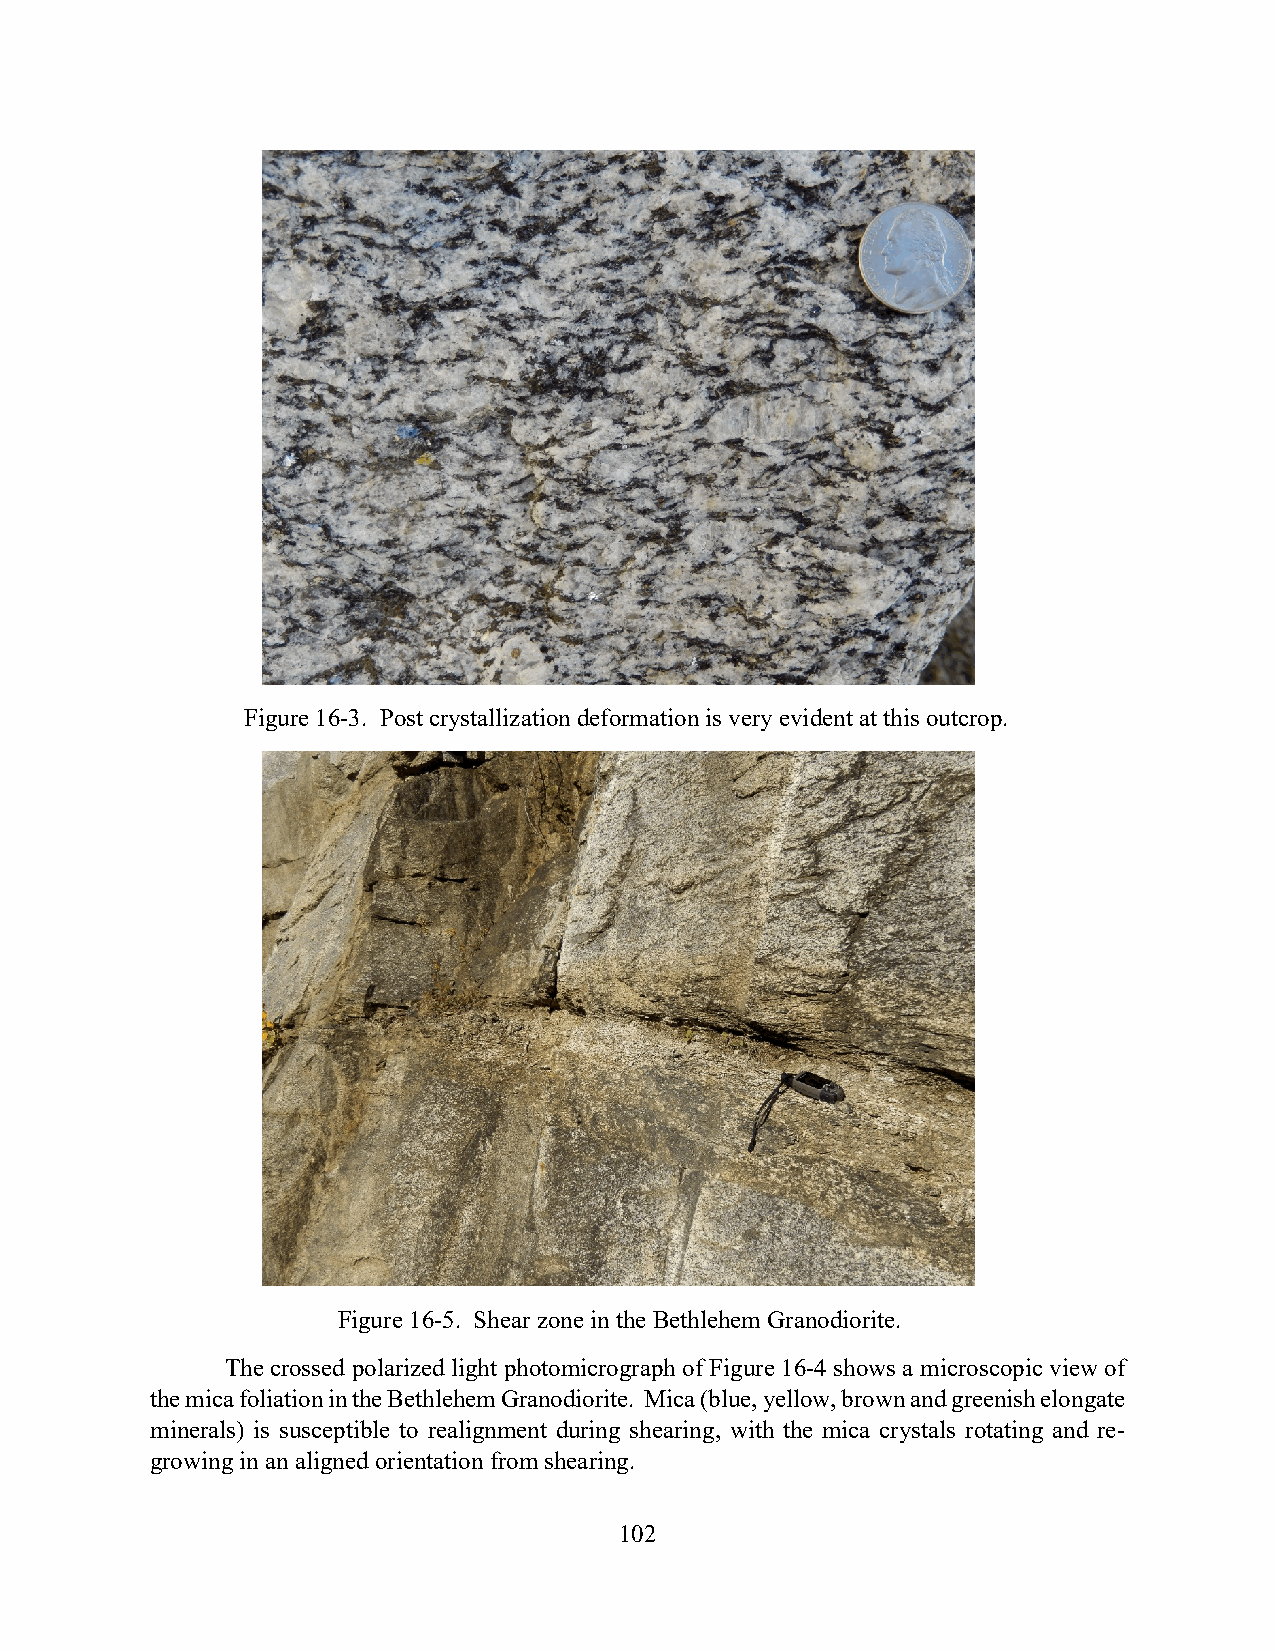
Figure 16-3. Post crystallization deformation is very evident at this outcrop.
 Figure 16-5. Shear zone in the Bethlehem Granodiorite.
 The crossed polarized light photomicrograph of Figure 16-4 shows a microscopic view of
 the mica foliation in the Bethlehem Granodiorite. Mica (blue, yellow, brown and greenish elongate
 minerals) is susceptible to realignment during shearing, with the mica crystals rotating and re-
 growing in an aligned orientation from shearing.
 102